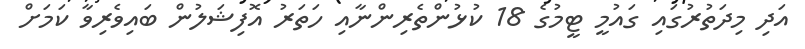
އަދި މިދަތުރުގައި ގައުމީ ޓީމުގެ 18 ކުޅުންތެރިންނާއި ހަތަރު އޮފިޝަލުން ބައިވެރިވާ ކަމަށް